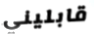
قابليني